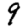
Digit: 9